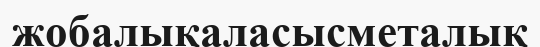
жобалықаласысметалық